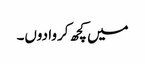
میں کچھ کروا دوں۔